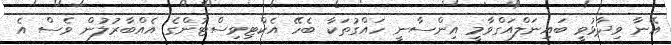
އޭނާ ވިދާޅުވީ ބައިނަލްއަގްވާމީ އިންސާނީ ހައްގުތަކާ ބެހޭ އެކްޓިވިސްޓުންގެ އެއްބާރުލުން ވެސް އެ